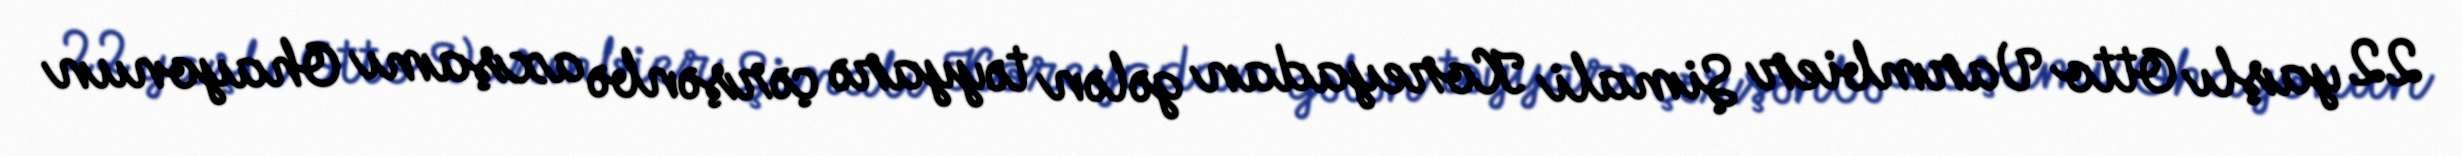
22 yaşlı Otto Varmbier Şimali Koreyadan gələn təyyarə çərşənbə axşamı Ohayonun